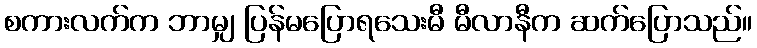
စကားလက်က ဘာမျှ ပြန်မပြောရသေးမီ မီလာနီက ဆက်ပြောသည်။